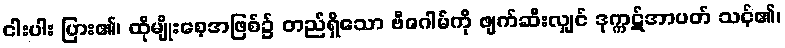
ငါးပါး ပြား၏၊ ထိုမျိုးစေ့အဖြစ်၌ တည်ရှိသော ဗီဇဂါမ်ကို ဖျက်ဆီးလျှင် ဒုက္ကဋ်အာပတ် သင့်၏၊